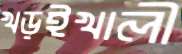
খড়ইখালী